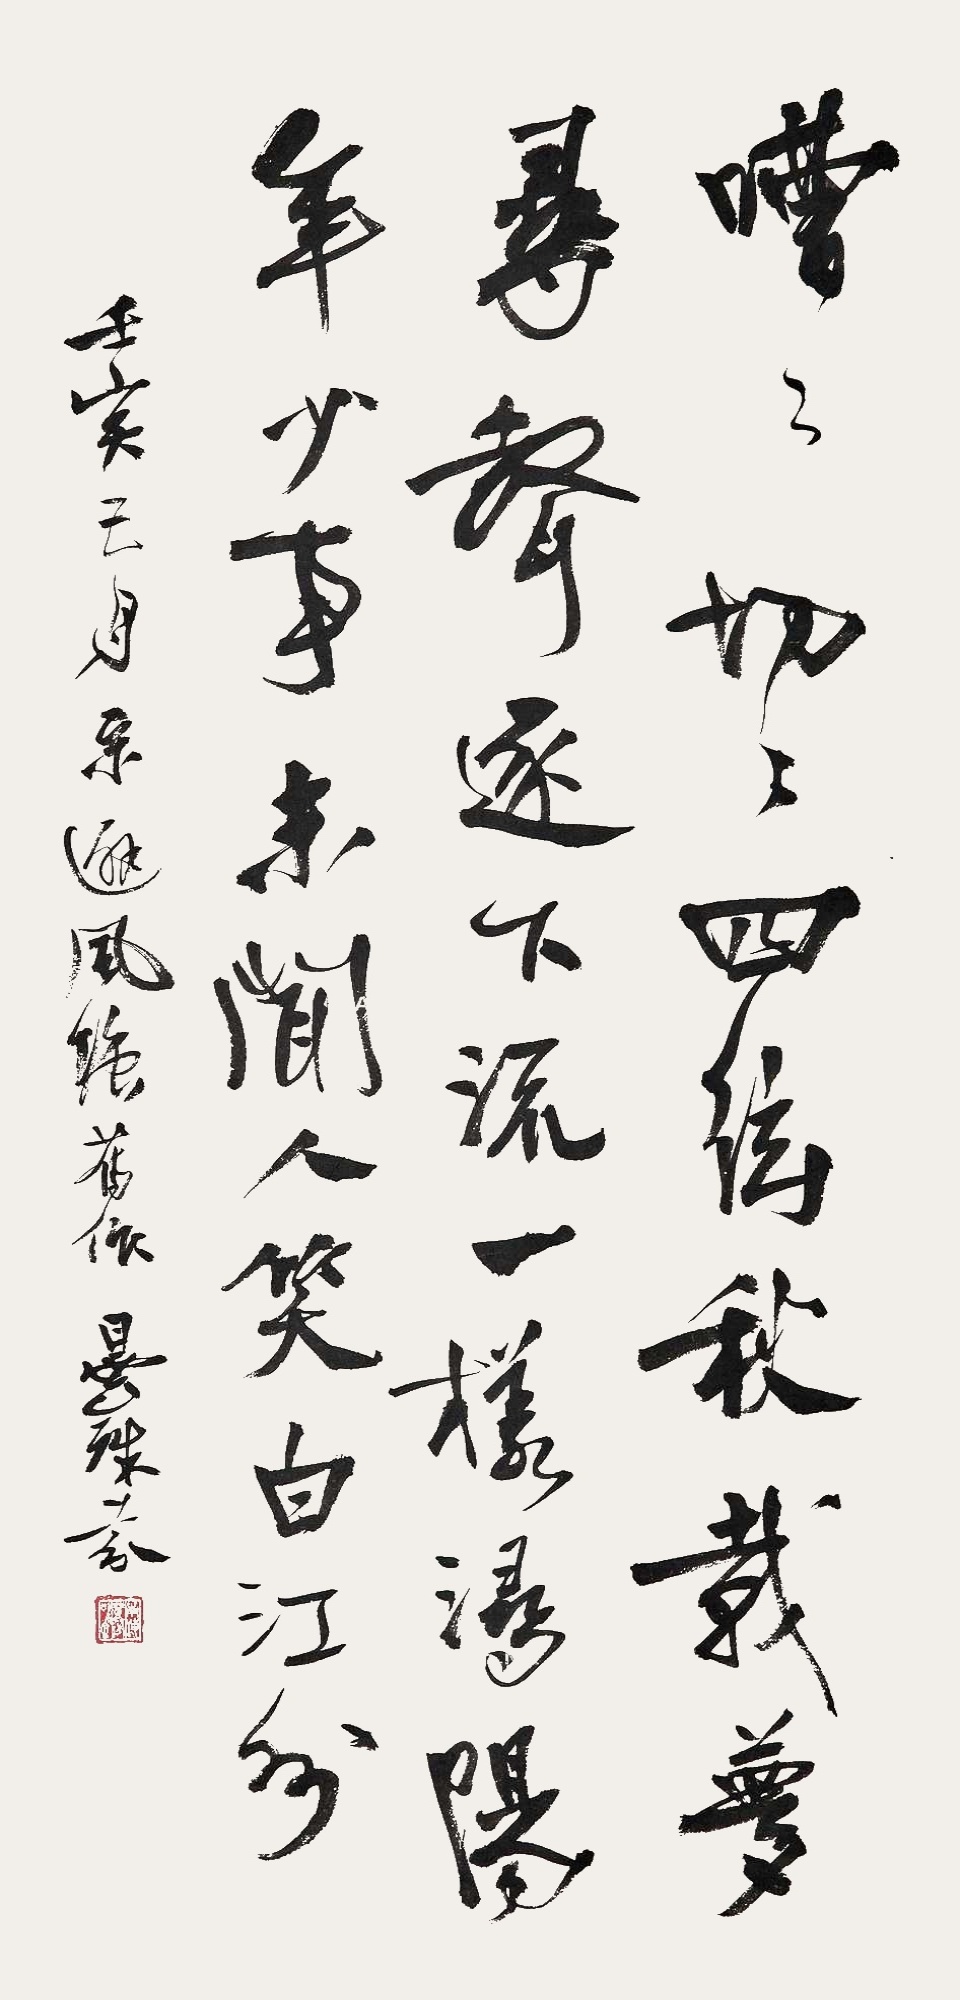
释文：嘈嘈切切四弦秋，载梦寻声逐下流。一样浔阳年少事，未闻人笑白江州。壬寅五月，避风塘旧作。昙殊芬。